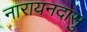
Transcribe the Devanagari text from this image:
नारायनदासु